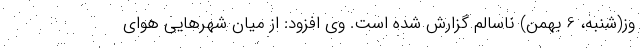
وز(شنبه، 6 بهمن) ناسالم گزارش شده است. وی افزود: از میان شهرهایی هوای